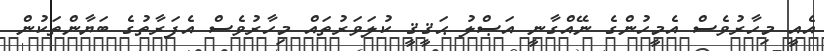
އެއީ މިހާރުވެސް އެމީހުންގެ ނޭއްގާނީ އަޞްލު ޙަޤީޤީ ކުލަވަރުތައް މިހާރުވެސް އެފަރާތުގެ ބަޔާންތަކުން